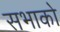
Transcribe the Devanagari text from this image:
सभाको